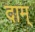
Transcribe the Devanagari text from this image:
दाम्